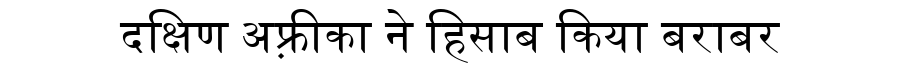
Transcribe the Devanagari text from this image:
दक्षिण अफ़्रीका ने हिसाब किया बराबर